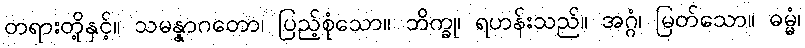
တရားတို့နှင့်။ သမန္နာဂတော၊ ပြည့်စုံသော။ ဘိက္ခု၊ ရဟန်းသည်။ အဂ္ဂံ၊ မြတ်သော။ ဓမ္မံ၊